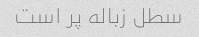
سطل زباله پر است